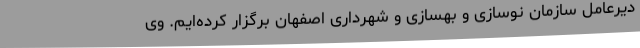
دیرعامل سازمان نوسازی و بهسازی و شهرداری اصفهان برگزار کرده‌ایم. وی